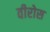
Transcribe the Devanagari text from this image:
वीरोस